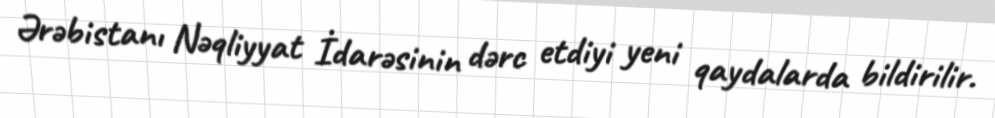
Ərəbistanı Nəqliyyat İdarəsinin dərc etdiyi yeni qaydalarda bildirilir.